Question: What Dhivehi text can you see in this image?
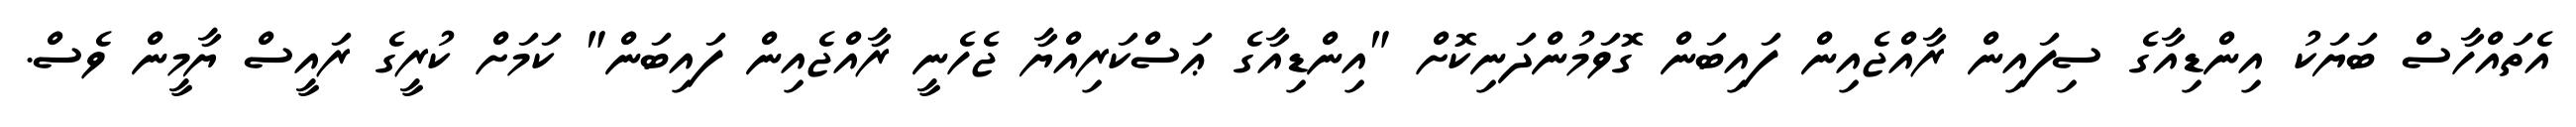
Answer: އެތައްހާސް ބަޔަކު އިންޑިއާގެ ސިފައިން ރާއްޖެއިން ފައިބަން ގޮވަމުންދަނިކޮށް "އިންޑިއާގެ ޢަސްކަރިއްޔާ ޖެހެނީ ރާއްޖެއިން ފައިބަން" ކަމަށް ކުރީގެ ރައީސް ޔާމީން ވެސް.